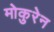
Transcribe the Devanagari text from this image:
मोकुरेन